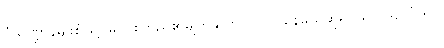
ပုံသဏ္ဍာန်မျိုးစုံဖြင့် မဝင်းကြည်၏မျက်နှာကိုလဲ လုပ်နေမယ်ဆိုရင် ရလဒ်ပေါ်တွင်